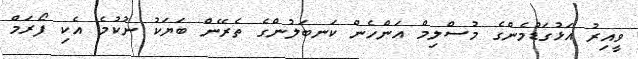
ވީއިރު އަޅުގަޑުމެންގެ މުސްލިމް އަންހެން ކަނބަލުންގެ ތެރޭން ބަޔަކު ނުކުމެ އެކި ފޯރަމް